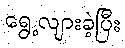
ရွေ့လျားခဲ့ပြီး